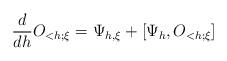
LaTeX: \begin{align*}\frac{d}{dh}O_{<h;\xi} = \Psi_{h,\xi} + [\Psi_h,O_{<h;\xi}]\end{align*}